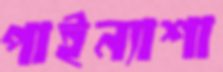
পাইন্যাশা